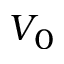
V _ { 0 }